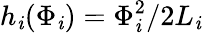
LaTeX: h_{\mathit{i}}(\Phi_{\mathit{i}})=\Phi_{\mathit{i}}^{2}/2L_{\mathit{i}}